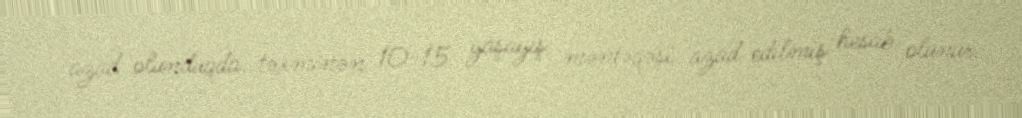
azad olunduqda, təxminən 10-15 yaşayış məntəqəsi azad edilmiş hesab olunur.